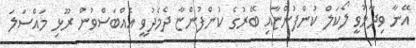
އޭނާ ވިދާޅުވީ ލޯކަލް ކުންފުންޏާއި ބޭރުގެ ކުންފުންޏާ ދެމެދުވީ އެއްބަސްވުން ރޫޅި މައްސަލަ